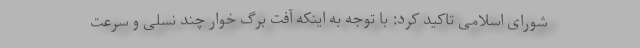
شورای اسلامی تاکید کرد: با توجه به اینکه آفت برگ خوار چند نسلی و سرعت